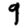
Digit: 9